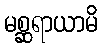
မစ္ဆရာယာမိ